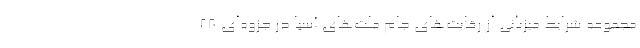
مجموعه شرایط میزبانى از رقابت‌های جام ملت‌های آسیا در جزوه‌ای ٢٨